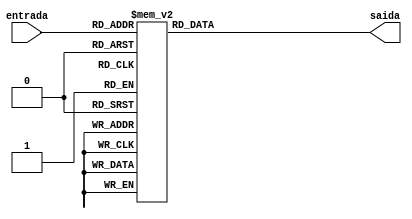
module BcdparaGray(input [3:0] entrada, output reg[3:0] saida);
 always @ *
  begin
   case(entrada)
    0: saida = 0;
    1: saida = 1;
    2: saida = 3;
    3: saida = 2;
    4: saida = 6;
    5: saida = 7;
    6: saida = 5;
    7: saida = 4;
    8: saida = 12;
    9: saida = 13;
    10: saida = 15;
    11: saida = 14;
    12: saida = 10;
    13: saida = 11;
    14: saida = 9;
    15: saida = 8;
    default: saida = 0;
   endcase
  end
endmodule